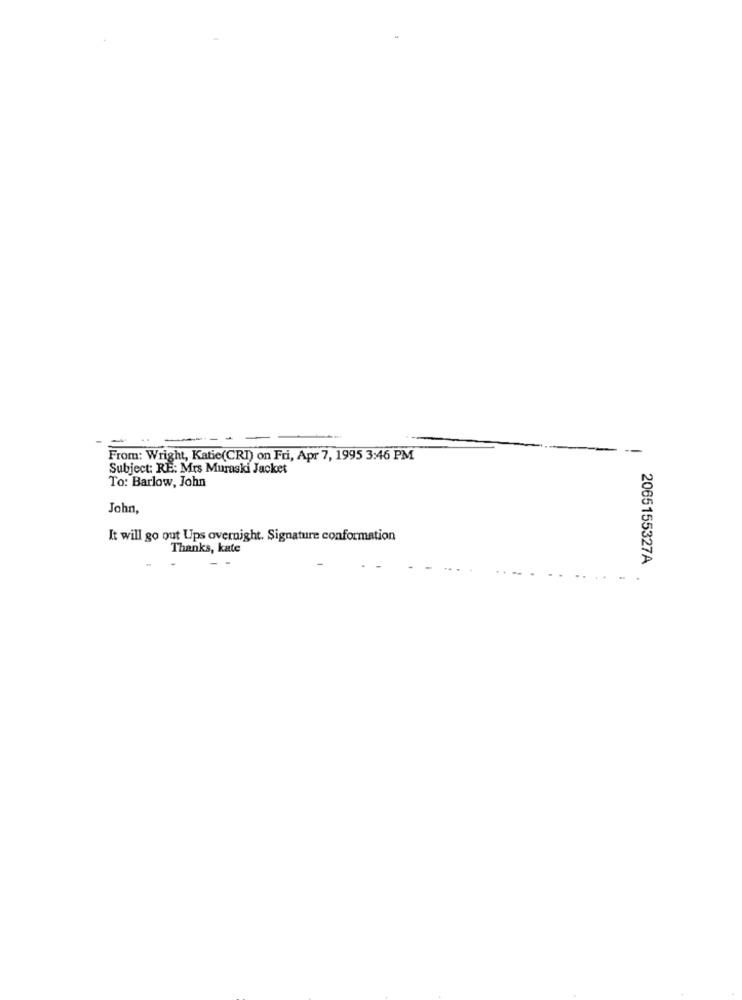
--
From: Wright, Katie(CRI) on Fri, Apr 7, 1995 3:46 PM
Subject: RE: Mrs Muraski Jacket
To: Barlow, John
John,
It will go out Ups overnight. Signature conformation
Thanks, kate
. -
2065155327A
.